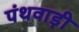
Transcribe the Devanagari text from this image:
पंथवाड़ी